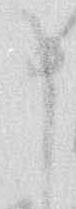
申